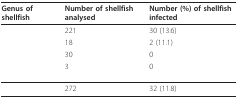
<table><thead><tr><td><b>Genus of shellfish</b></td><td><b>Number of shellfish analysed</b></td><td><b>Number (%) of shellfish infected</b></td></tr></thead><tbody><tr><td>[EMPTY_CELL]</td><td>221</td><td>30 (13.6)</td></tr><tr><td>[EMPTY_CELL]</td><td>18</td><td>2 (11.1)</td></tr><tr><td>[EMPTY_CELL]</td><td>30</td><td>0</td></tr><tr><td>[EMPTY_CELL]</td><td>3</td><td>0</td></tr><tr><td>[EMPTY_CELL]</td><td>272</td><td>32 (11.8)</td></tr></tbody></table>